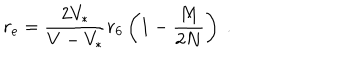
LaTeX: r _ { \mathrm { e } } = { \frac { 2 V _ { * } } { { V } - V _ { * } } } r _ { 6 } \left( 1 - { \frac { M } { 2 N } } \right) \ .